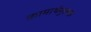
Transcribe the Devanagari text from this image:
कामार्थमूलक